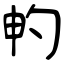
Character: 畃